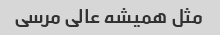
مثل همیشه عالی مرسی